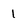
Character: 1